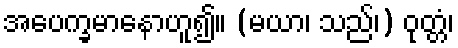
အပေက္ခမာနောဟူ၍။ (မယာ၊ သည်၊) ဝုတ္တံ၊